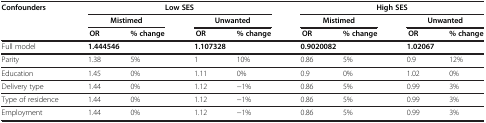
<table><thead><tr><td><b>Confounders</b></td><td><b> </b></td><td colspan="3"><b>Low SES</b></td><td><b> </b></td><td colspan="3"><b>High SES</b></td></tr><tr><td><b> </b></td><td colspan="2"><b>Mistimed</b></td><td colspan="2"><b>Unwanted</b></td><td colspan="2"><b>Mistimed</b></td><td colspan="2"><b>Unwanted</b></td></tr><tr><td><b> </b></td><td><b>OR</b></td><td><b>% change</b></td><td><b>OR</b></td><td><b>% change</b></td><td><b>OR</b></td><td><b>% change</b></td><td><b>OR</b></td><td><b>% change</b></td></tr></thead><tbody><tr><td>Full model</td><td colspan="2"><b>1.444546</b></td><td colspan="2"><b>1.107328</b></td><td colspan="2"><b>0.9020082</b></td><td colspan="2"><b>1.02067</b></td></tr><tr><td>Parity</td><td>1.38</td><td>5%</td><td>1</td><td>10%</td><td>0.86</td><td>5%</td><td>0.9</td><td>12%</td></tr><tr><td>Education</td><td>1.45</td><td>0%</td><td>1.11</td><td>0%</td><td>0.9</td><td>0%</td><td>1.02</td><td>0%</td></tr><tr><td>Delivery type</td><td>1.44</td><td>0%</td><td>1.12</td><td>−1%</td><td>0.86</td><td>5%</td><td>0.99</td><td>3%</td></tr><tr><td>Type of residence</td><td>1.44</td><td>0%</td><td>1.12</td><td>−1%</td><td>0.86</td><td>5%</td><td>0.99</td><td>3%</td></tr><tr><td>Employment</td><td>1.44</td><td>0%</td><td>1.12</td><td>−1%</td><td>0.86</td><td>5%</td><td>0.99</td><td>3%</td></tr></tbody></table>